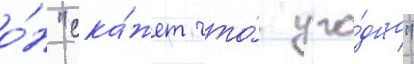
о́н "ска́жет что́ уго́дно"